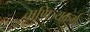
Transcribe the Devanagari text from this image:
वाणिज्यकर्म